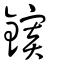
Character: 錽